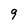
Character: 9